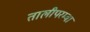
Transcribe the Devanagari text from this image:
तालीपरम्बा